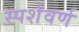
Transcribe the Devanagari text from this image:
स्पर्शवर्ण